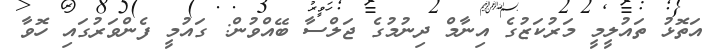
އަތޮޅު ތައުލީމީ މަރުކަޒުގެ އިނާމް ދިނުމުގެ ޖަލްސާ ބޭއްވުން: ގައުމީ ފެންވަރުގައި ހޮވާ